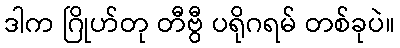
ဒါက ဂြိုဟ်တု တီဗွီ ပရိုဂရမ် တစ်ခုပဲ။